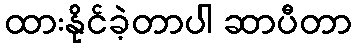
ထားနိုင်ခဲ့တာပါ ဆာပီတာ